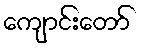
ကျောင်းတော်